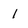
Character: 1